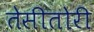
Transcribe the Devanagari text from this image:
तेसीतोरी